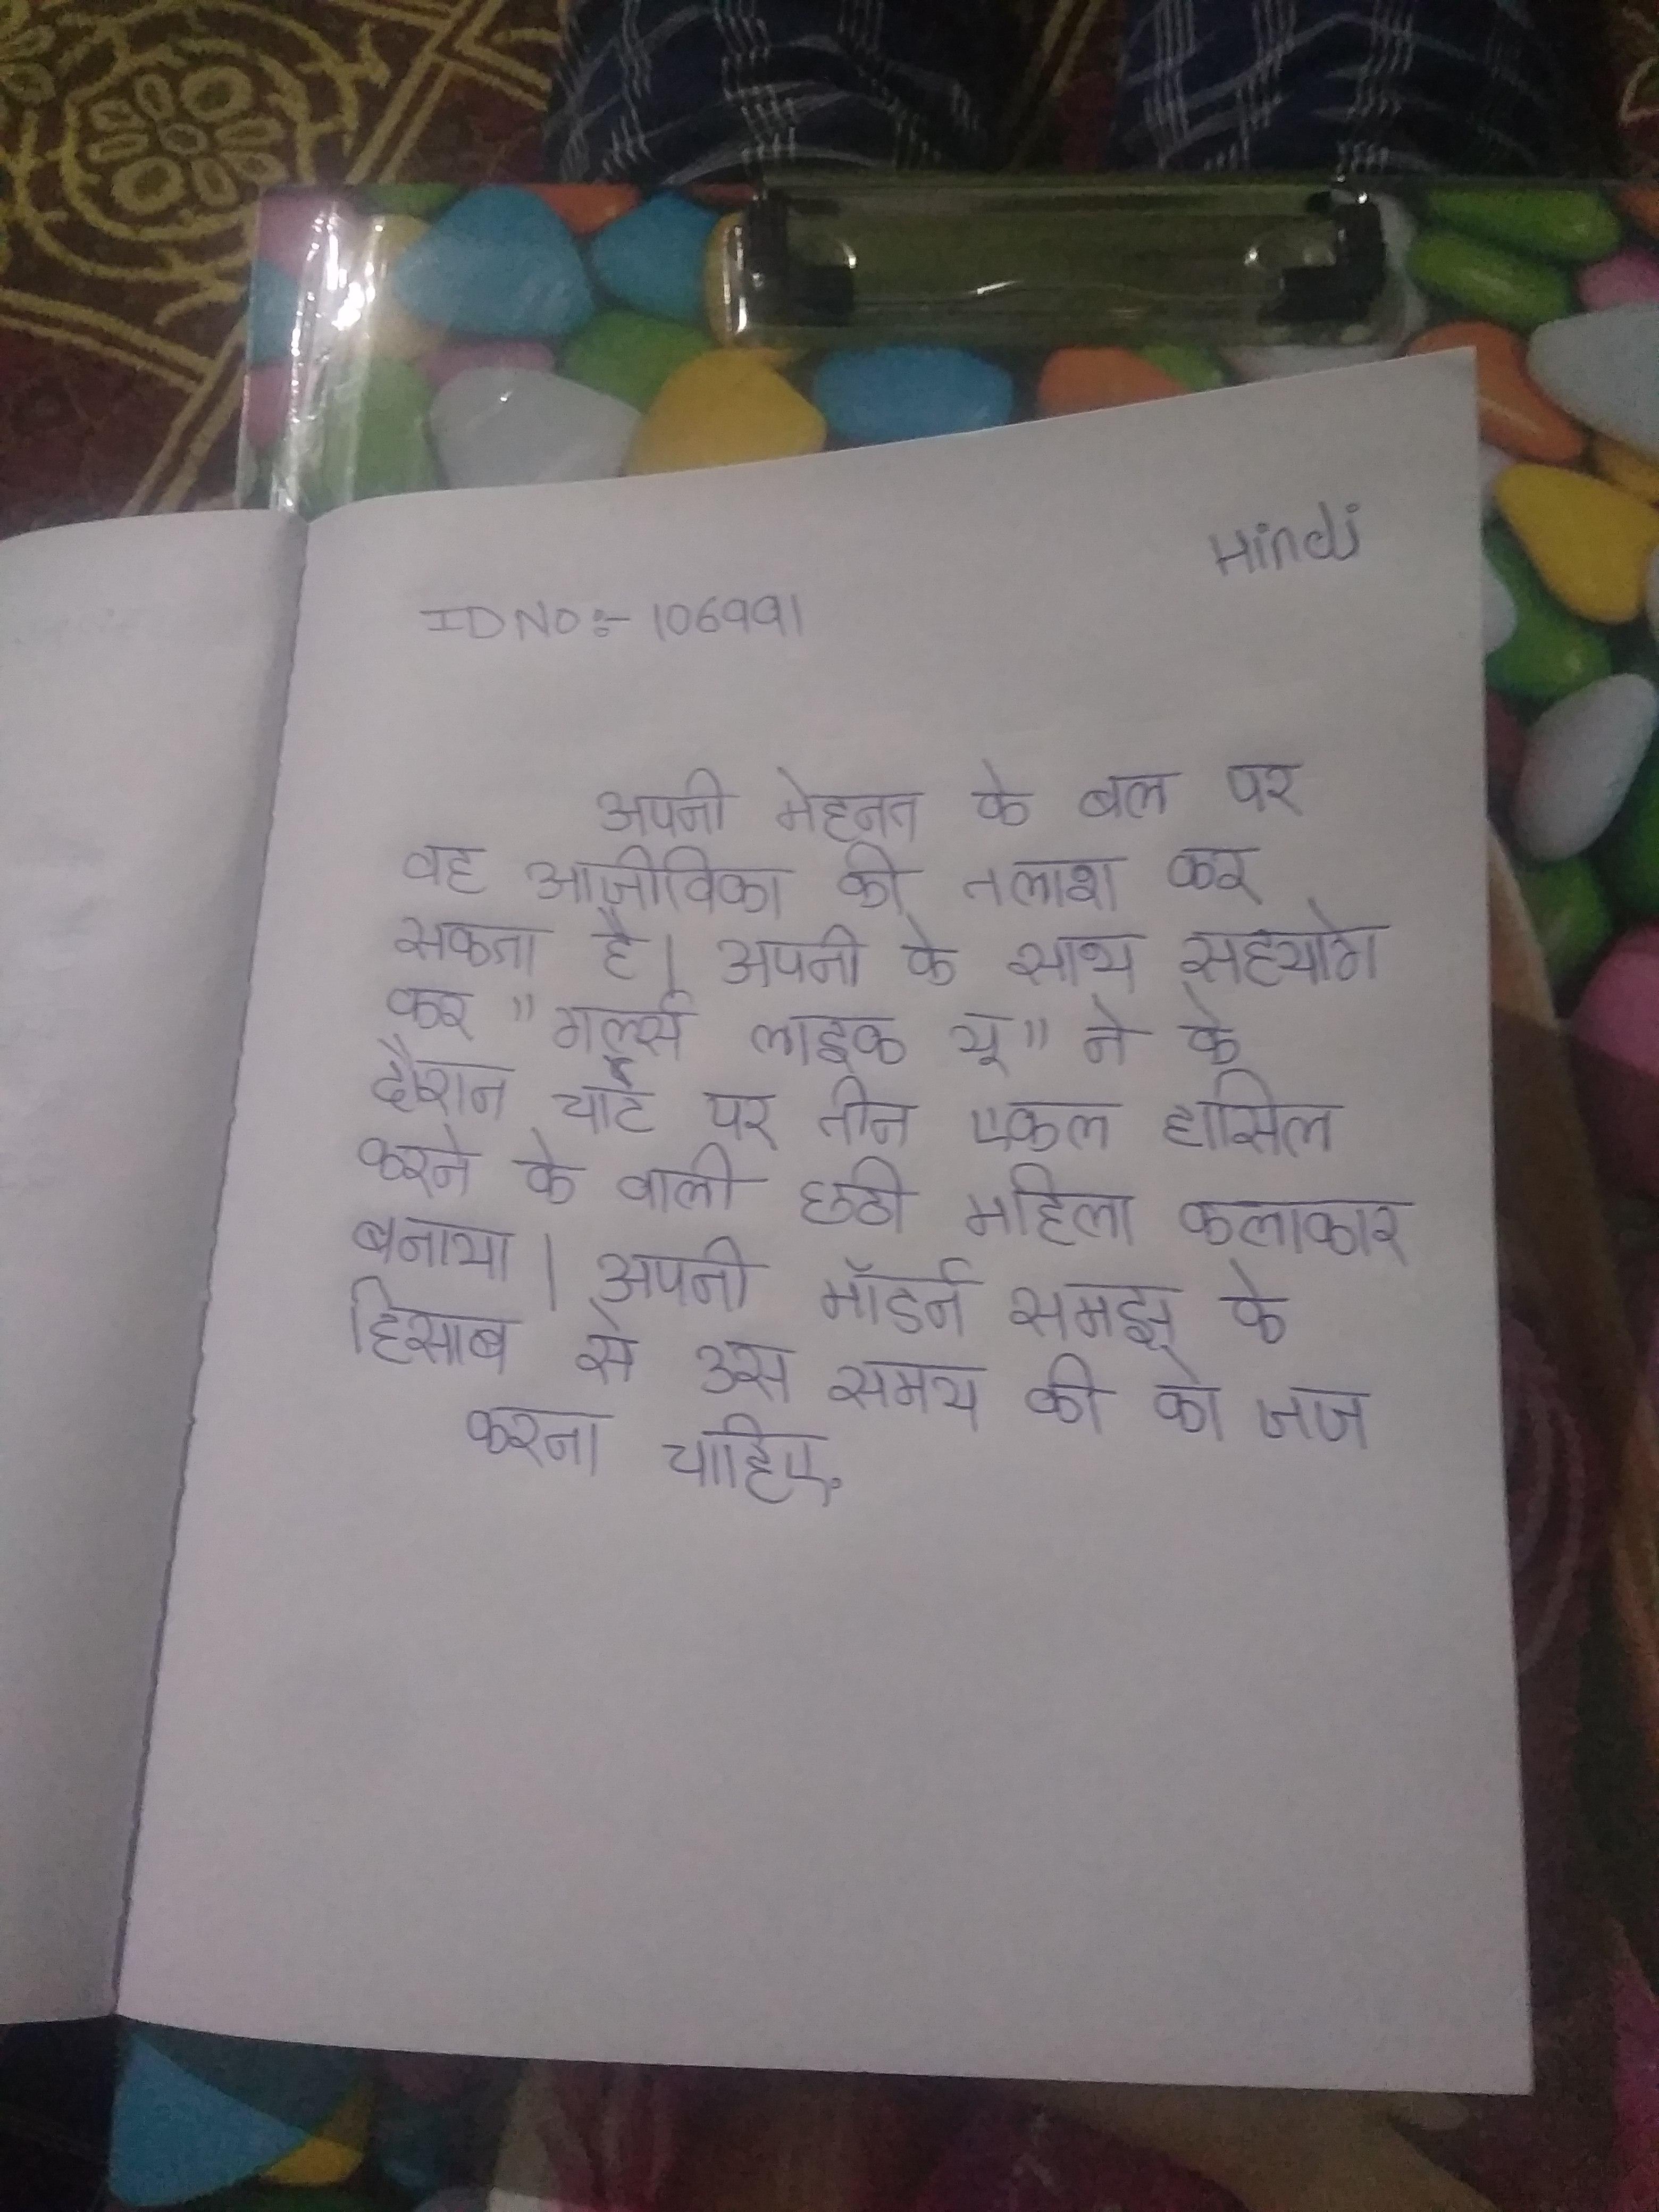
अपनी मेहनत के बल पर वह आजीविका की तलाश कर सकता है । अपनी के साथ सहयोग कर "गर्ल्स लाइक यू" ने के दौरान चार्ट पर तीन एकल हासिल करने के वाली छठी महिला कलाकार बनाया । अपनी मॉडर्न समझ के हिसाब से उस समय की को जज करना चाहिए .